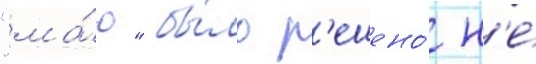
"ма́ю" бы́ло р'ешено́ н'е́